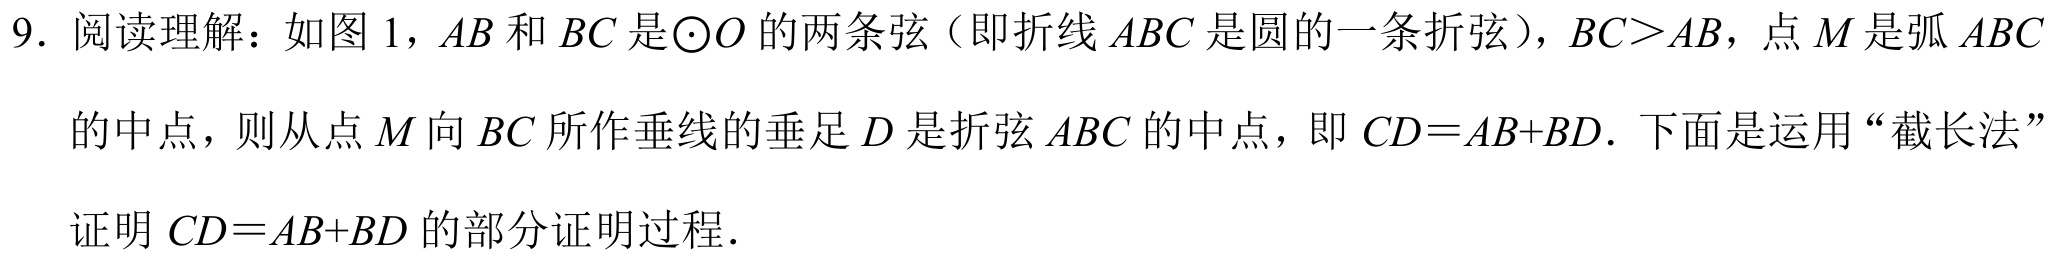
9. 阅读理解：如图 1，$AB$和$BC$是$\odot O$的两条弦（即折线$ABC$是圆的一条折弦），$BC > AB$，点$M$是弧$ABC$
的中点，则从点$M$向$BC$所作垂线的垂足$D$是折弦$ABC$的中点，即$CD = AB + BD$. 下面是运用“截长法”
证明$CD = AB + BD$的部分证明过程.